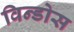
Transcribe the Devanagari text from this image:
विन्डोस